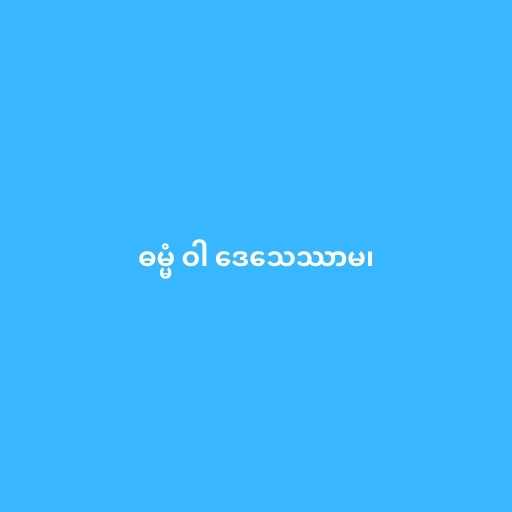
ဓမ္မံ ဝါ ဒေသေဿာမ၊